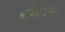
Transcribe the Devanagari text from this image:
भक्तिरूप